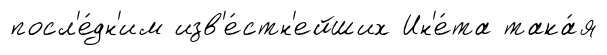
посл'е́дн'им изв'е́стн'ейших Ин'е́та така́я